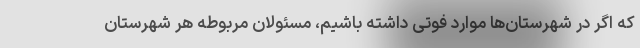
که اگر در شهرستان‌ها موارد فوتی داشته باشیم، مسئولان مربوطه هر شهرستان